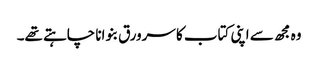
وہ مجھ سے اپنی کتاب کا سرورق بنوانا چاہتے تھے۔